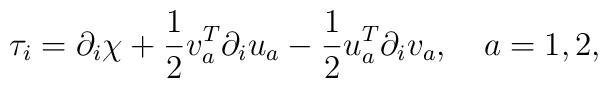
\tau_i = \partial_i \chi + \frac12 v_a^T \partial_i u_a -\frac12 u_a^T \partial_i v_a, \quad a = 1,2,